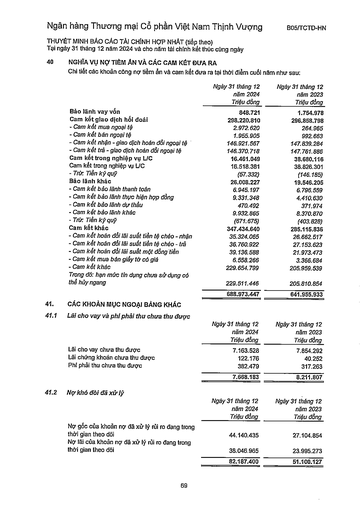
||Ngày 31 tháng 12 năm 2024 Triệu đồng|Ngày 31 tháng 12 năm 2023 Triệu đồng| |---|---|---| |Bảo lãnh vay vốn|848.721|1.754.978| |Cam kết giao dịch hối đoái|298.220.810|296.858.798| |Cam kết mua ngoại tệ|2.972.620|264.965| |Cam kết bán ngoại tệ|1.955.905|992.663| |Cam kết nhận - giao dịch hoán đổi ngoại tệ|146.921.567|147.839.284| |Cam kết trả - giao dịch hoán đổi ngoại tệ|146.370.718|147.761.886| |Cam kết trong nghiệp vụ L/C|16.461.049|38.680.116| |Cam kết trong nghiệp vụ L/C|16.518.381|38.826.301| |Trừ: Tiền ký quỹ|(57.332)|(146.185)| |Bảo lãnh khác|26.008.227|19.546.205| |Cam kết bảo lãnh thanh toán|6.945.197|6.796.559| |Cam kết bảo lãnh thực hiện hợp đồng|9.331.348|4.410.630| |Cam kết bảo lãnh dự thầu|470.492|371.974| |Cam kết bảo lãnh khác|9.932.865|8.370.870| |Trừ: Tiền ký quỹ|(671.675)|(403.828)| |Cam kết khác|347.434.640|285.115.836| |Cam kết hoán đổi lãi suất tiền tệ chéo nhận|35.324.065|26,662,517| |Cam kết hoán đổi lãi suất tiền tệ chéo trả|36.760.922|27.153.623| |Cam kết hoán đổi lãi suất một dòng tiền|39.136.588|21.973.473| |Cam kết mua bán giấy tờ có giá|6.558.266|3.366.684| |- Cam kết khác|229.654.799|205.959.539| |Trong đó: Hạn mức tín dụng chưa sử dụng có thể hủy ngang|229.511.446|205.810.854| ||688.973.447|641.955.933| ||Ngày 31 tháng 12 năm 2024 Triệu đồng|Ngày 31 tháng 12 năm 2023 Triệu đồng| |---|---|---| |Lãi cho vay chưa thu được|7.163.528|7.854.292| |Lãi chứng khoán chưa thu được|122.176|40.252| |Phí phải thu chưa thu được|382.479|317.263| ||7.668.183|8.211.807| ||Ngày 31 tháng 12 năm 2024 Triệu đồng|Ngày 31 tháng 12 năm 2023 Triệu đồng| |---|---|---| |Nợ gốc của khoản nợ đã xử lý rủi ro đang trong thời gian theo dõi|44.140.435|27.104.854| |Nợ lãi của khoản nợ đã xử lý rủi ro đang trong thời gian theo dõi|38.046.965|23.995.273| ||82.187.400|51.100.127|